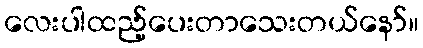
လေးပါထည့်ပေးတာသေးတယ်နော်။